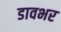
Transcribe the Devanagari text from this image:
डावभर